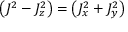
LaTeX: \left( J ^ { 2 } - J _ { z } ^ { 2 } \right) = \left( J _ { x } ^ { 2 } + J _ { y } ^ { 2 } \right)